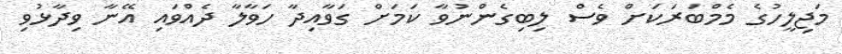
މަޖިލީހުގެ މެމްބަރަކަށް ވެސް ލިބިގެންނުވާ ކަމަށް ގަވާއިދާ ހަވާލާ ދެއްވައި އޭނާ ވިދާޅުވި